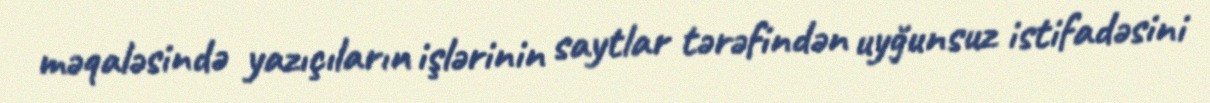
məqaləsində yazıçıların işlərinin saytlar tərəfindən uyğunsuz istifadəsini